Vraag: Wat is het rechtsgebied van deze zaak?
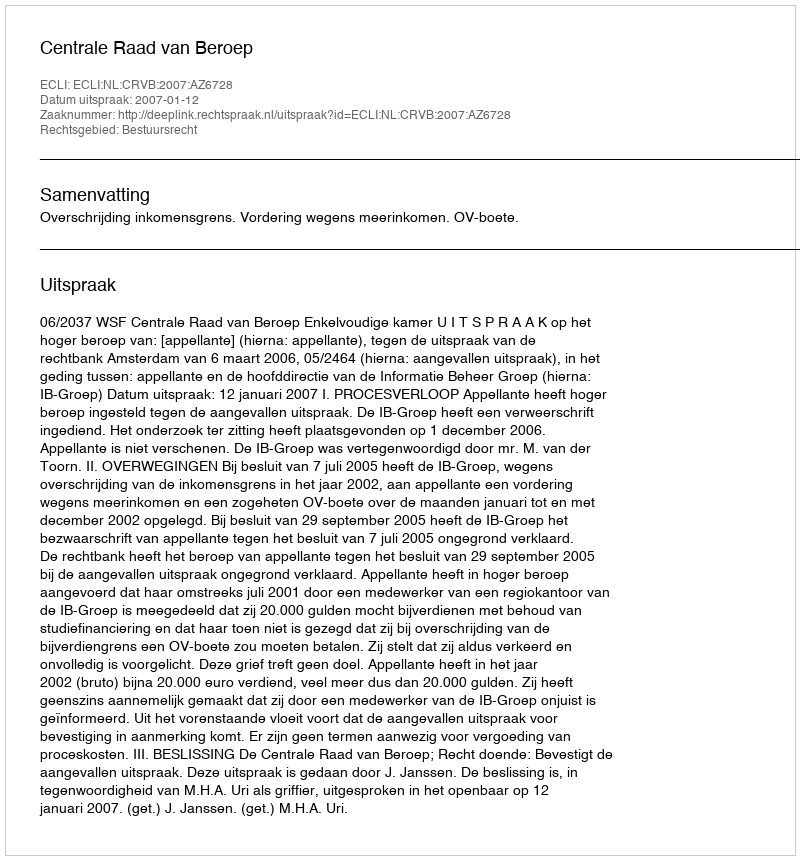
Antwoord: Bestuursrecht